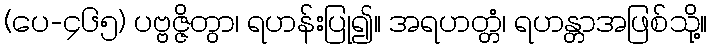
(ပေ-၄၆၅) ပဗ္ဗဇ္ဇိတွာ၊ ရဟန်းပြု၍။ အရဟတ္တံ၊ ရဟန္တာအဖြစ်သို့။